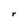
Character: r